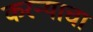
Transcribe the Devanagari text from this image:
करन्याचा